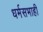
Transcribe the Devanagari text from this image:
धर्मसभाही